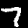
Label: 7